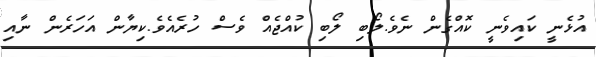
އުޅެނީ ކައިވެނީ ކޮއްގެން ނެވެ.ލޯބި ލޯބި ކުއްޖެއް ވެސް ހުރެއެވެ.ކިޔާން އަހަރެން ނާއި